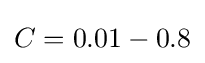
C=0.01-0.8